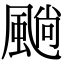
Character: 𩗵